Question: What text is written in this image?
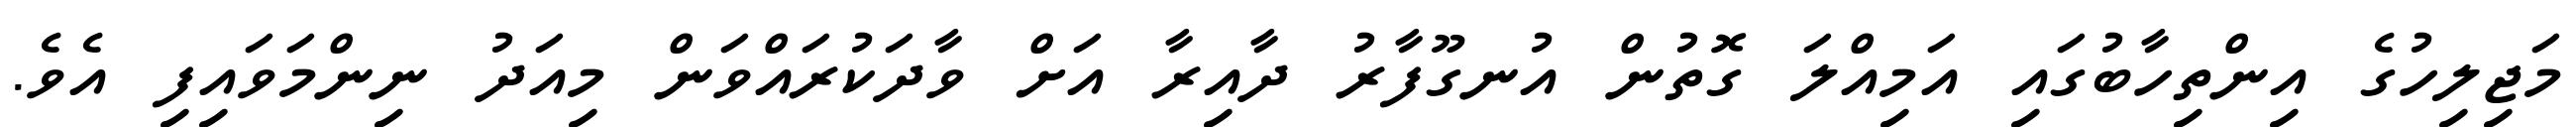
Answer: މަޖިލިހުގެ އިންތިހާބުގައި އަމިއްލަ ގޮތުން އުނގޫފާރު ދާއިރާ އަށް ވާދަކުރައްވަން މިއަދު ނިންމަވައިފި އެވެ.